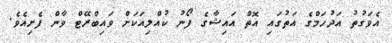
އެވަގުތު އަދުހަމްގެ އަތުގައި އޮތް އައިޝާގެ ފޯނު ކުއްލިއަކަށް ވައިބްރޭޓް ވާން ފެށިއެވެ.